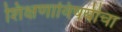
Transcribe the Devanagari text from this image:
शिक्षणाविषयीचा